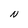
Character: N